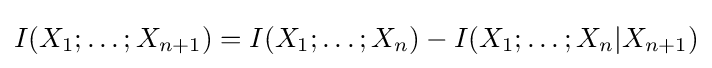
I(X_{1};\ldots ;X_{n+1})=I(X_{1};\ldots ;X_{n})-I(X_{1};\ldots ;X_{n}|X_{n+1})